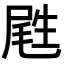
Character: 𡲥